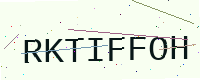
Text: RKTIFFOH